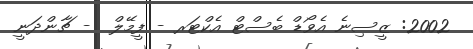
2002: ޒީސިނެ އެވޯޑް ބެސްޓް އެކްޓަރ - ފީމޭލް  - ޗާންދަނީ